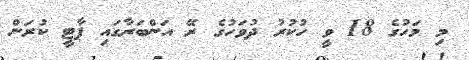
މި މަހުގެ 18 ވީ ހުކުރު ދުވަހުގެ ރޭ އަންބަރާގައި ޕާޓީ ކުރަން